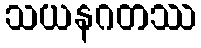
သယနဂတဿ